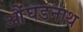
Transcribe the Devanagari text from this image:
औंघडनाथ